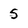
Character: 5